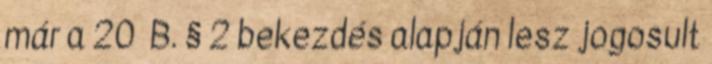
már a 20 B. § 2 bekezdés alapján lesz jogosult